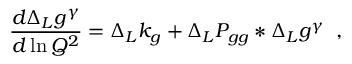
\frac { d \Delta _ { L } g ^ { \gamma } } { d \ln Q ^ { 2 } } = \Delta _ { L } k _ { g } + \Delta _ { L } P _ { g g } \ast \Delta _ { L } g ^ { \gamma } \; \; ,